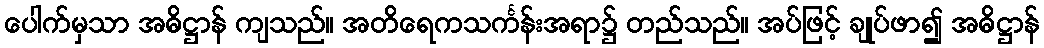
ပေါက်မှသာ အဓိဋ္ဌာန် ကျသည်။ အတိရေကသင်္ကန်းအရာ၌ တည်သည်။ အပ်ဖြင့် ချုပ်ဖာ၍ အဓိဋ္ဌာန်